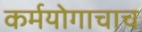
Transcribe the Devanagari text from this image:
कर्मयोगाचाच